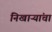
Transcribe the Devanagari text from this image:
निखाऱ्यांचा